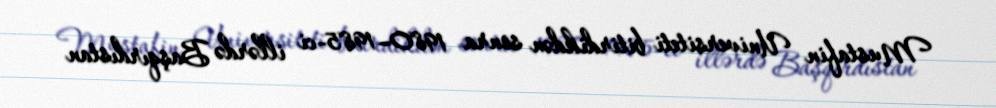
Mustafin Universiteti bitirdikdən sonra 1980–1985-ci illərdə Başqırdıstan